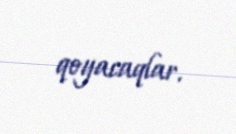
qoyacaqlar.